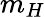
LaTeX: m_{H}